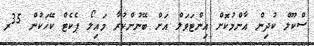
ސްކޫލް ކުދިން އާންމުކޮށް އިންޓަވަލް އަށް ބޭނުންކުރާ މައިލޯ ޕެކެޓް ކޭހަކުން 35ރ